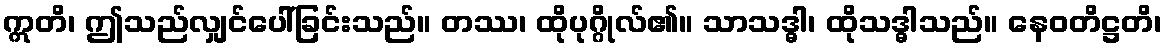
ဣတိ၊ ဤသည်လျှင်ပေါ်ခြင်းသည်။ တဿ၊ ထိုပုဂ္ဂိုလ်၏။ သာသဒ္ဓါ၊ ထိုသဒ္ဓါသည်။ နေဝတိဋ္ဌတိ၊